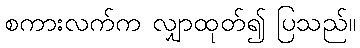
စကားလက်က လျှာထုတ်၍ ပြသည်။